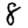
Digit: 8